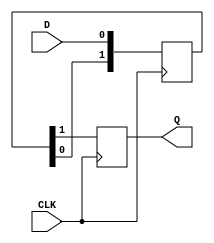
module async_to_sync_converter (
    input wire D,        // Asynchronous data input
    input wire CLK,      // Synchronous clock input
    output reg Q         // Synchronized data output
);

// Internal signals for synchronization
reg [1:0] sync_ff;      // Two-stage flip-flop for synchronization

// Synchronous process to sample the asynchronous data
always @(posedge CLK) begin
    sync_ff[0] <= D;    // First stage sampling
    sync_ff[1] <= sync_ff[0]; // Second stage sampling
end

// Output the last stage of synchronization
always @(posedge CLK) begin
    Q <= sync_ff[1];    // Output the synchronized data
end

endmodule